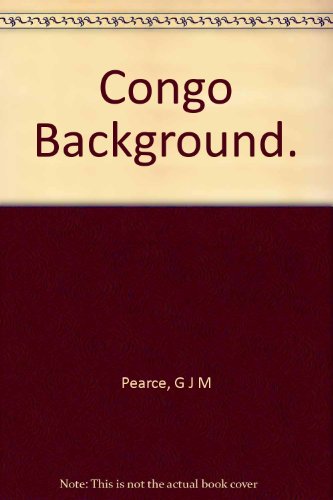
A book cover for Congo background; G. J. M Pearce; Travel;